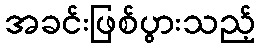
အခင်းဖြစ်ပွားသည့်